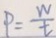
P = \frac { W } { t }